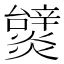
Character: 𤒞